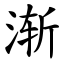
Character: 渐